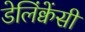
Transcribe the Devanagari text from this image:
डेलिंक्वेंसी